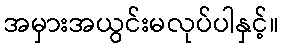
အမှားအယွင်းမလုပ်ပါနှင့်။